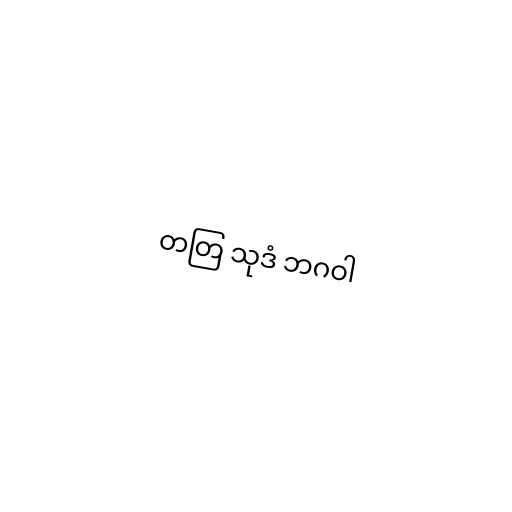
တတြ သုဒံ ဘဂဝါ